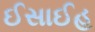
ઈસાઈહ